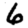
Digit: 6